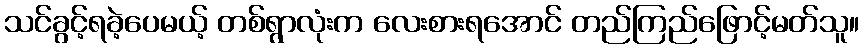
သင်ခွင့်ရခဲ့ပေမယ့် တစ်ရွာလုံးက လေးစားရအောင် တည်ကြည်ဖြောင့်မတ်သူ။